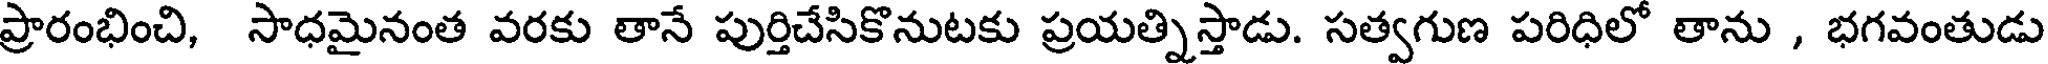
ప్రారంభించి, సాధమైనంత వరకు తానే పుర్తిచేసికొనుటకు ప్రయత్నిస్తాడు. సత్వగుణ పరిధిలో తాను , భగవంతుడు